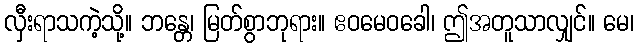
လှီးရာသကဲ့သို့။ ဘန္တေ၊ မြတ်စွာဘုရား။ ဧဝမေဝခေါ၊ ဤအတူသာလျှင်။ မေ၊